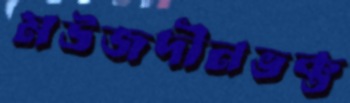
মউজদীনভক্ত